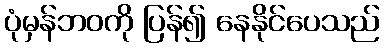
ပုံမှန်ဘဝကို ပြန်၍ နေနိုင်ပေသည်